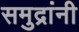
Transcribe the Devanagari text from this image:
समुद्रांनी